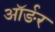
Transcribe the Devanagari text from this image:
ऑर्ङर